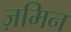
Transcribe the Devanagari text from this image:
ज़मिन